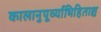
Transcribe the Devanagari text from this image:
कालानुपूर्व्याभिहिताश्च